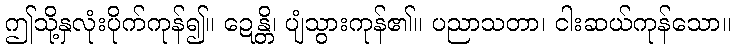
ဤသို့နှလုံးပိုက်ကုန်၍။ ဍေန္တိ၊ ပျံသွားကုန်၏။ ပညာသတာ၊ ငါးဆယ်ကုန်သော။